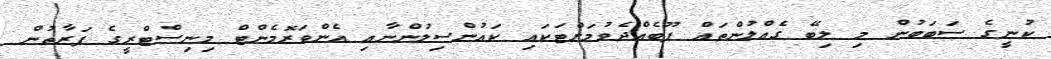
ކުނީގެ ސަބަބުން މި ލިބޭ ގެއްލުންތައް ފޫބެއްދެވުމަށްޓަކައި ކައުންސިލުންނާއި އެންވަރޮމެންޓް މިނިސްޓްރީގެ ފަރާތުން